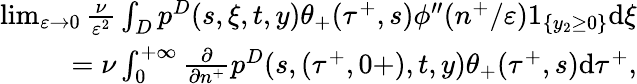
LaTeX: \begin{array}{r}{\operatorname*{lim}_{\varepsilon\to 0}\frac{\nu}{\varepsilon^{2}}\int_{D}p^{D}(s,\xi,t,y)\theta_{+}(\tau^{+},s)\phi^{\prime\prime}(n^{+}/\varepsilon)1_{\{ y_{2}\geq 0\} }\textrm{d}\xi}\\ {=\nu\int_{0}^{+\infty}\frac{\partial}{\partial n^{+}}p^{D}(s,(\tau^{+},0+),t,y)\theta_{+}(\tau^{+},s)\textrm{d}\tau^{+},}\end{array}